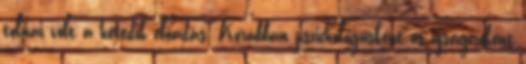
tolnai volt a hetedik előadás. Korábban pszichológusként és újságíróként